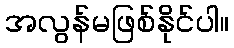
အလွန်မဖြစ်နိုင်ပါ။